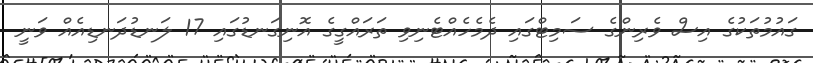
ގައުމުތަކުގެ އިސް ވެރިންގެ ސަމިޓްގައި ދެމެހެއްޓެނިވި ތަރައްގީގެ އޮނިގަނޑުގައި 17 ލަނޑުދަނޑިއެއް ވަނީ